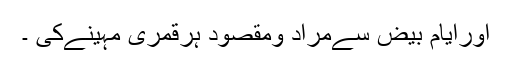
اورایام بیض سےمراد ومقصود ہرقمری مہینےکی ۔